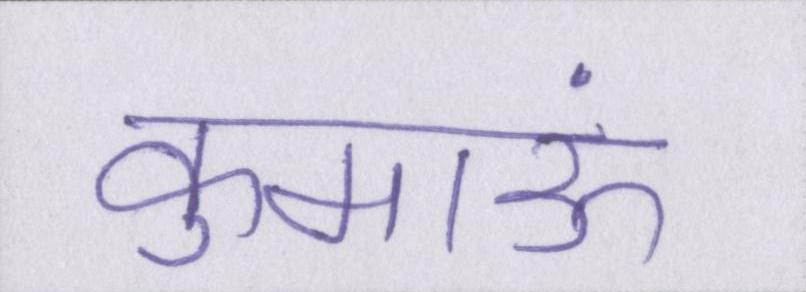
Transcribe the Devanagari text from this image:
कुमाऊं